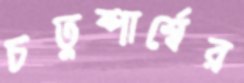
চতুষ্পার্শ্বের